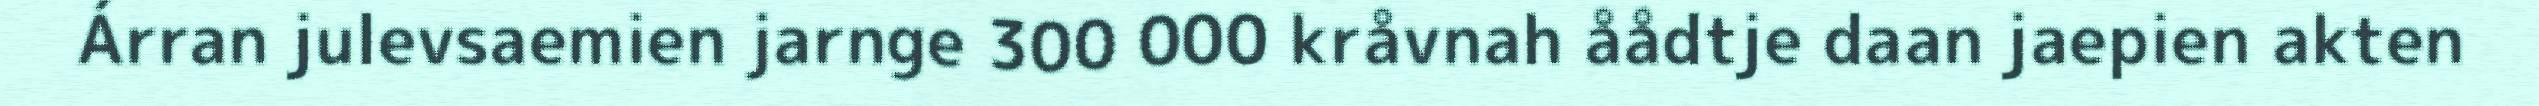
Árran julevsaemien jarnge 300 000 kråvnah åådtje daan jaepien akten